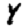
Digit: 4